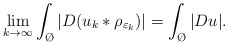
\begin{align*}\lim_{k \to \infty} \int_{\O}|D(u_k* \rho_{\varepsilon_k})| = \int_{\O}|Du|.\end{align*}